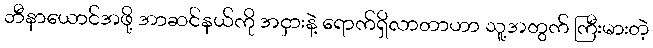
ဘီနာယောင်အဖို့ အာဆင်နယ်ကို အငှားနဲ့ ရောက်ရှိလာတာဟာ သူ့အတွက် ကြီးမားတဲ့